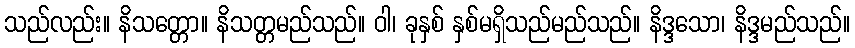
သည်လည်း။ နိသတ္တော။ နိသတ္တမည်သည်။ ဝါ၊ ခုနှစ် နှစ်မရှိသည်မည်သည်။ နိဒ္ဒသော၊ နိဒ္ဒမည်သည်။